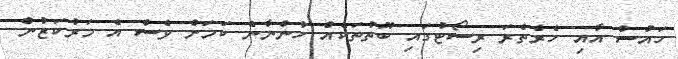
ހައުސް އާއި ހެރެތެރަ ރިސޯޓުގައި ބޫތުތަކެއް ހުންނާނެ ކަމަށް ވެސް އެ މަރުކަޒުން